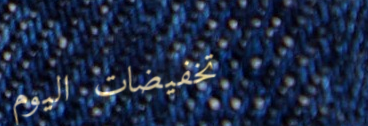
تخفيضات اليوم